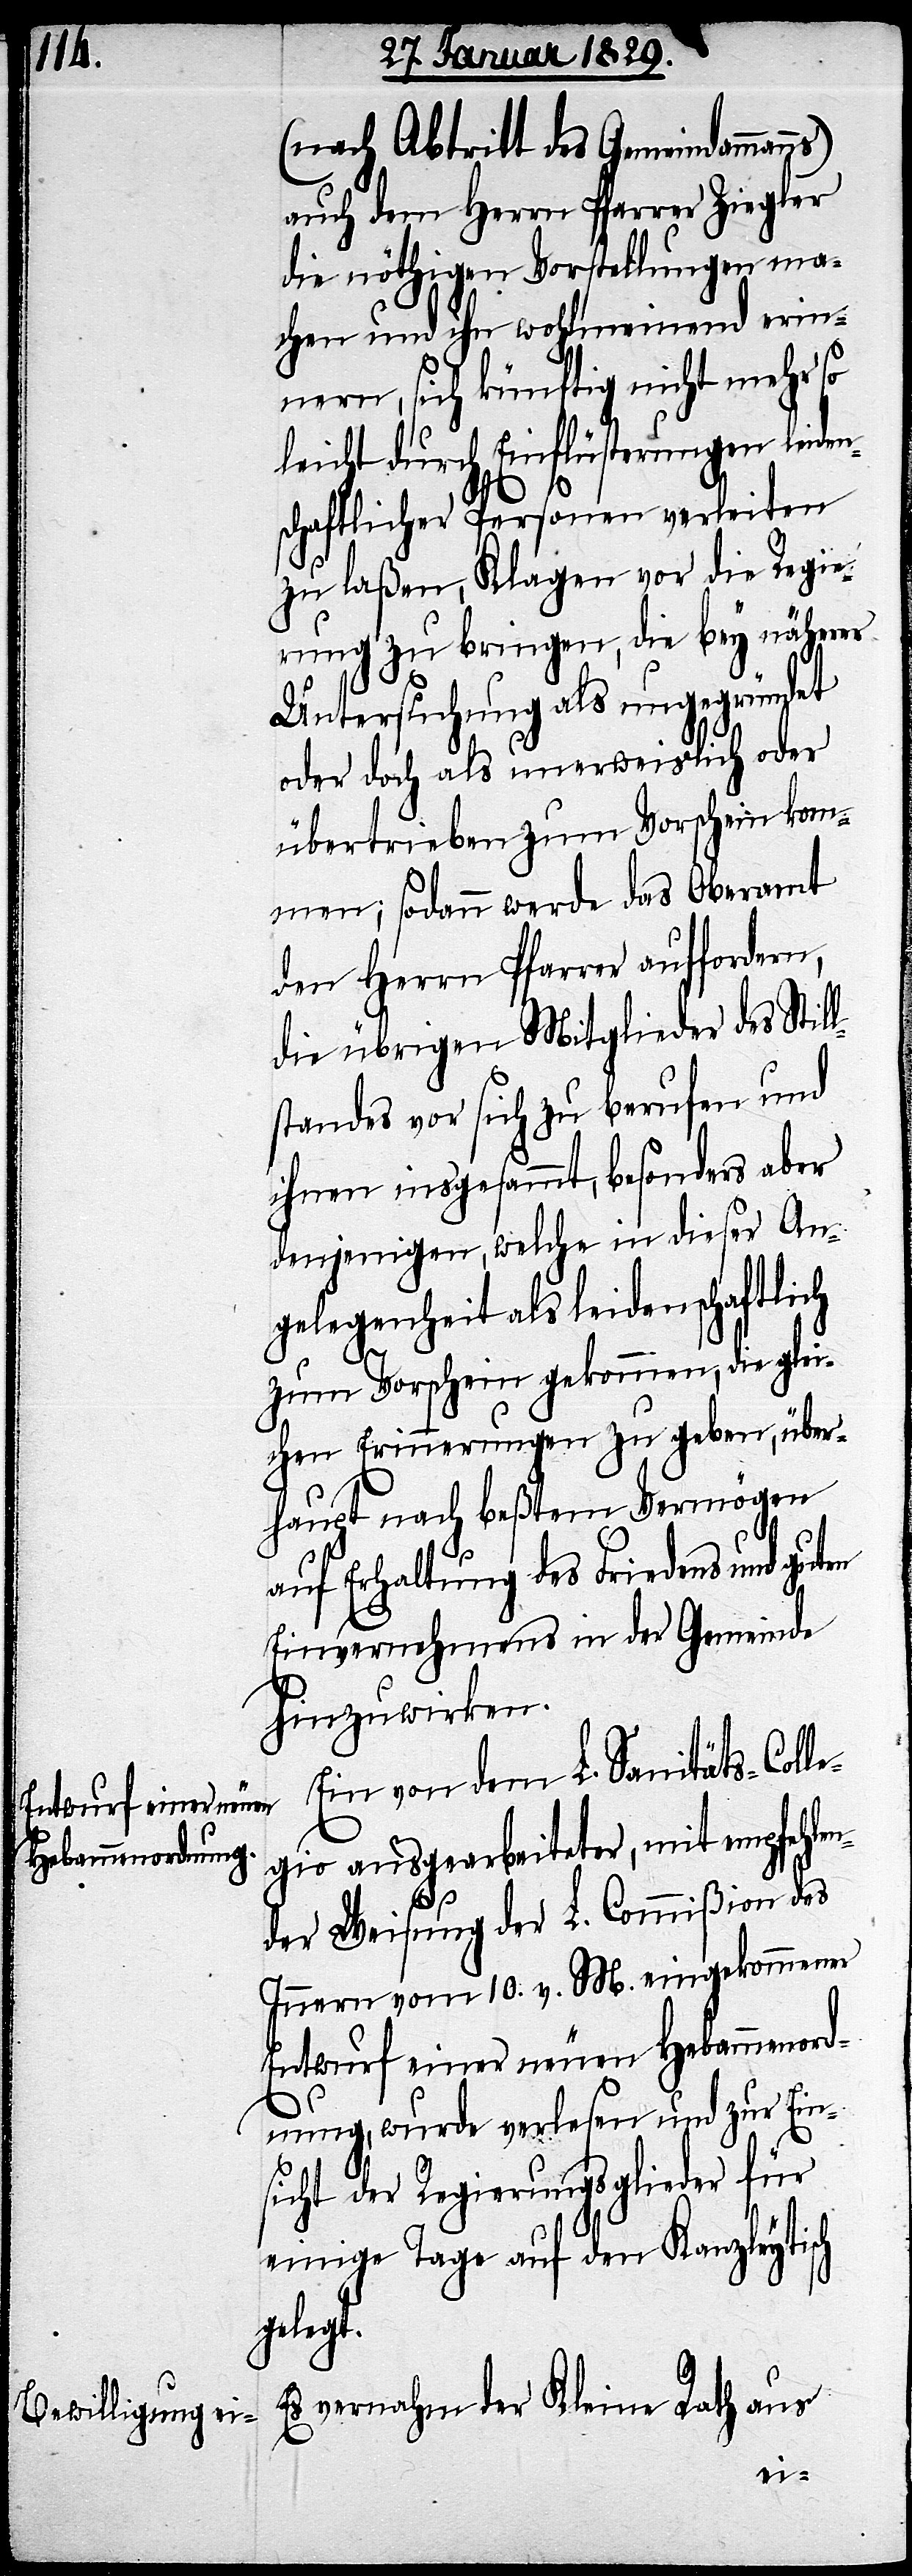
(nach Abtritt des Gemeindamman¬
auch dem Herrn Pfarrer Ziegler
die nöthigen Vorstellungen ma¬
chen und ihn wohlmeinend erin¬
nern, sich künftig nicht mehr so
leicht durch Einflüsterungen leiden¬
schaftlicher Personen verleiten
zu laßen, Klagen vor die Regie¬
rung zu bringen, die bey näherer
Untersuchung als ungegründet
oder doch als unerweislich oder
übertrieben zum Vorschein kom¬
men; sodann werde das Oberamt
den Herrn Pfarrer auffordern,
die übrigen Mitglieder des Stil¬
lstandes vor sich zu berufen und
ihnen insgesammt, besonders aber
denjenigen, welche in dieser An¬
gelegenheit als leidenschaftlich
zum Vorschein gekommen, die glei¬
chen Erinnerungen zu geben, über¬
haupt nach beßtem Vermögen
auf Erhaltung des Friedens und guten
Einvernehmens in der Gemeinde
hinzuwirken.
Ein von dem L. Sanitäts-Colle¬
gio ausgearbeiteter, mit empfehlen¬
der Weisung der L. Commißion des
Innern vom 10. v. M. eingekommener
Entwurf einer neuen Hebammenord¬
nung, wurde verlesen und zur Ein¬
sicht der Regierungsglieder für
einige Tage auf den Kanzleytisch
gelegt.
Es vernahm der Kleine Rath aus
ns)